Dysentery and liver abscess in Bombay - Number 47
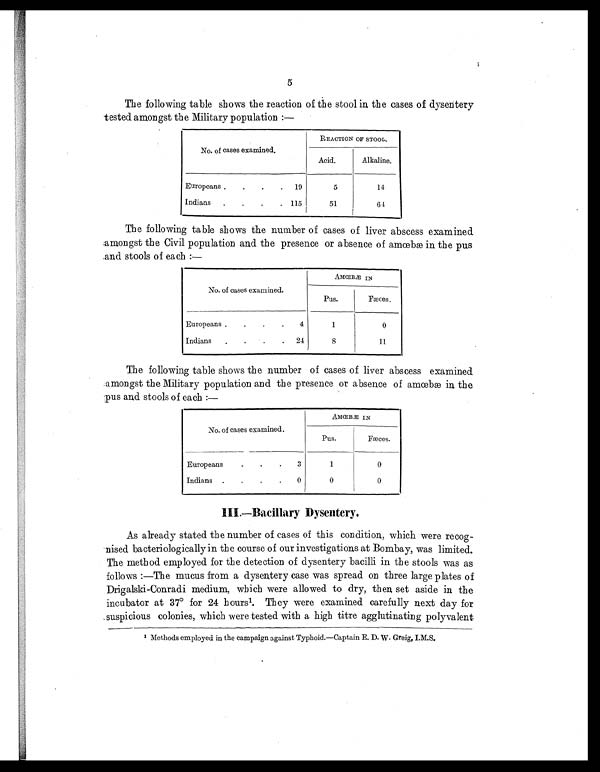
5
The following table shows the reaction of the stool in the cases of dysentery
tested amongst the Military population:—
No. of cases examined.
REACTION OF STOOL.
Acid.
Alkaline.
Europeans .
.
.
. 19
5
14
Indians .
.
.
. 115
51
64
The following table shows the number of cases of liver abscess examined
amongst the Civil population and the presence or absence of amœbæ in the pus
and stools of each:—
No. of cases examined.
AMŒBÆ IN
Pus.
Fæces.
Europeans . .
.
.
4
1
0
Indians
. .
.
. 24
8
11
The following table shows the number of cases of liver abscess examined
amongst the Military population and the presence or absence of amœbæ in the
pus and stools of each:—
No. of cases examined.
AMŒBÆ IN
Pus.
Fæces.
European
. .
. 3
1
0
Indians
.
. .
. 0
0
0
III.—Bacillary Dysentery.
As already stated the number of cases of this condition, which were recog-
nised bacteriologically in the course of our investigations at Bombay, was limited.
The method employed for the detection of dysentery bacilli in the stools was as
follows:—The mucus from a dysentery case was spread on three large plates of
Drigalski-Conradi medium, which were allowed to dry, then set aside in the
incubator at 37º for 24 hoursl. They were examined carefully next day for
suspicious colonies, which were tested with a high titre agglutinating polyvalent
1 Methods employed in the campaign against Typhoid.—Captain E. D. W. Greig, I.M.S.